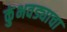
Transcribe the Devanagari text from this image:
कुंभवड्याचा